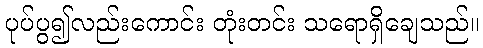
ပုပ်ပွ၍လည်းကောင်း တုံးတင်း သရောရှိချေသည်။